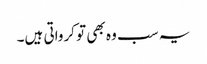
یہ سب وہ بھی تو کرواتی ہیں۔